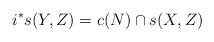
LaTeX: \begin{align*}i^*s(Y,Z) = c(N)\cap s(X,Z)\end{align*}